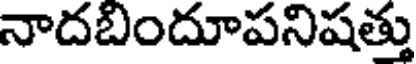
నాదబిందూపనిషత్తు